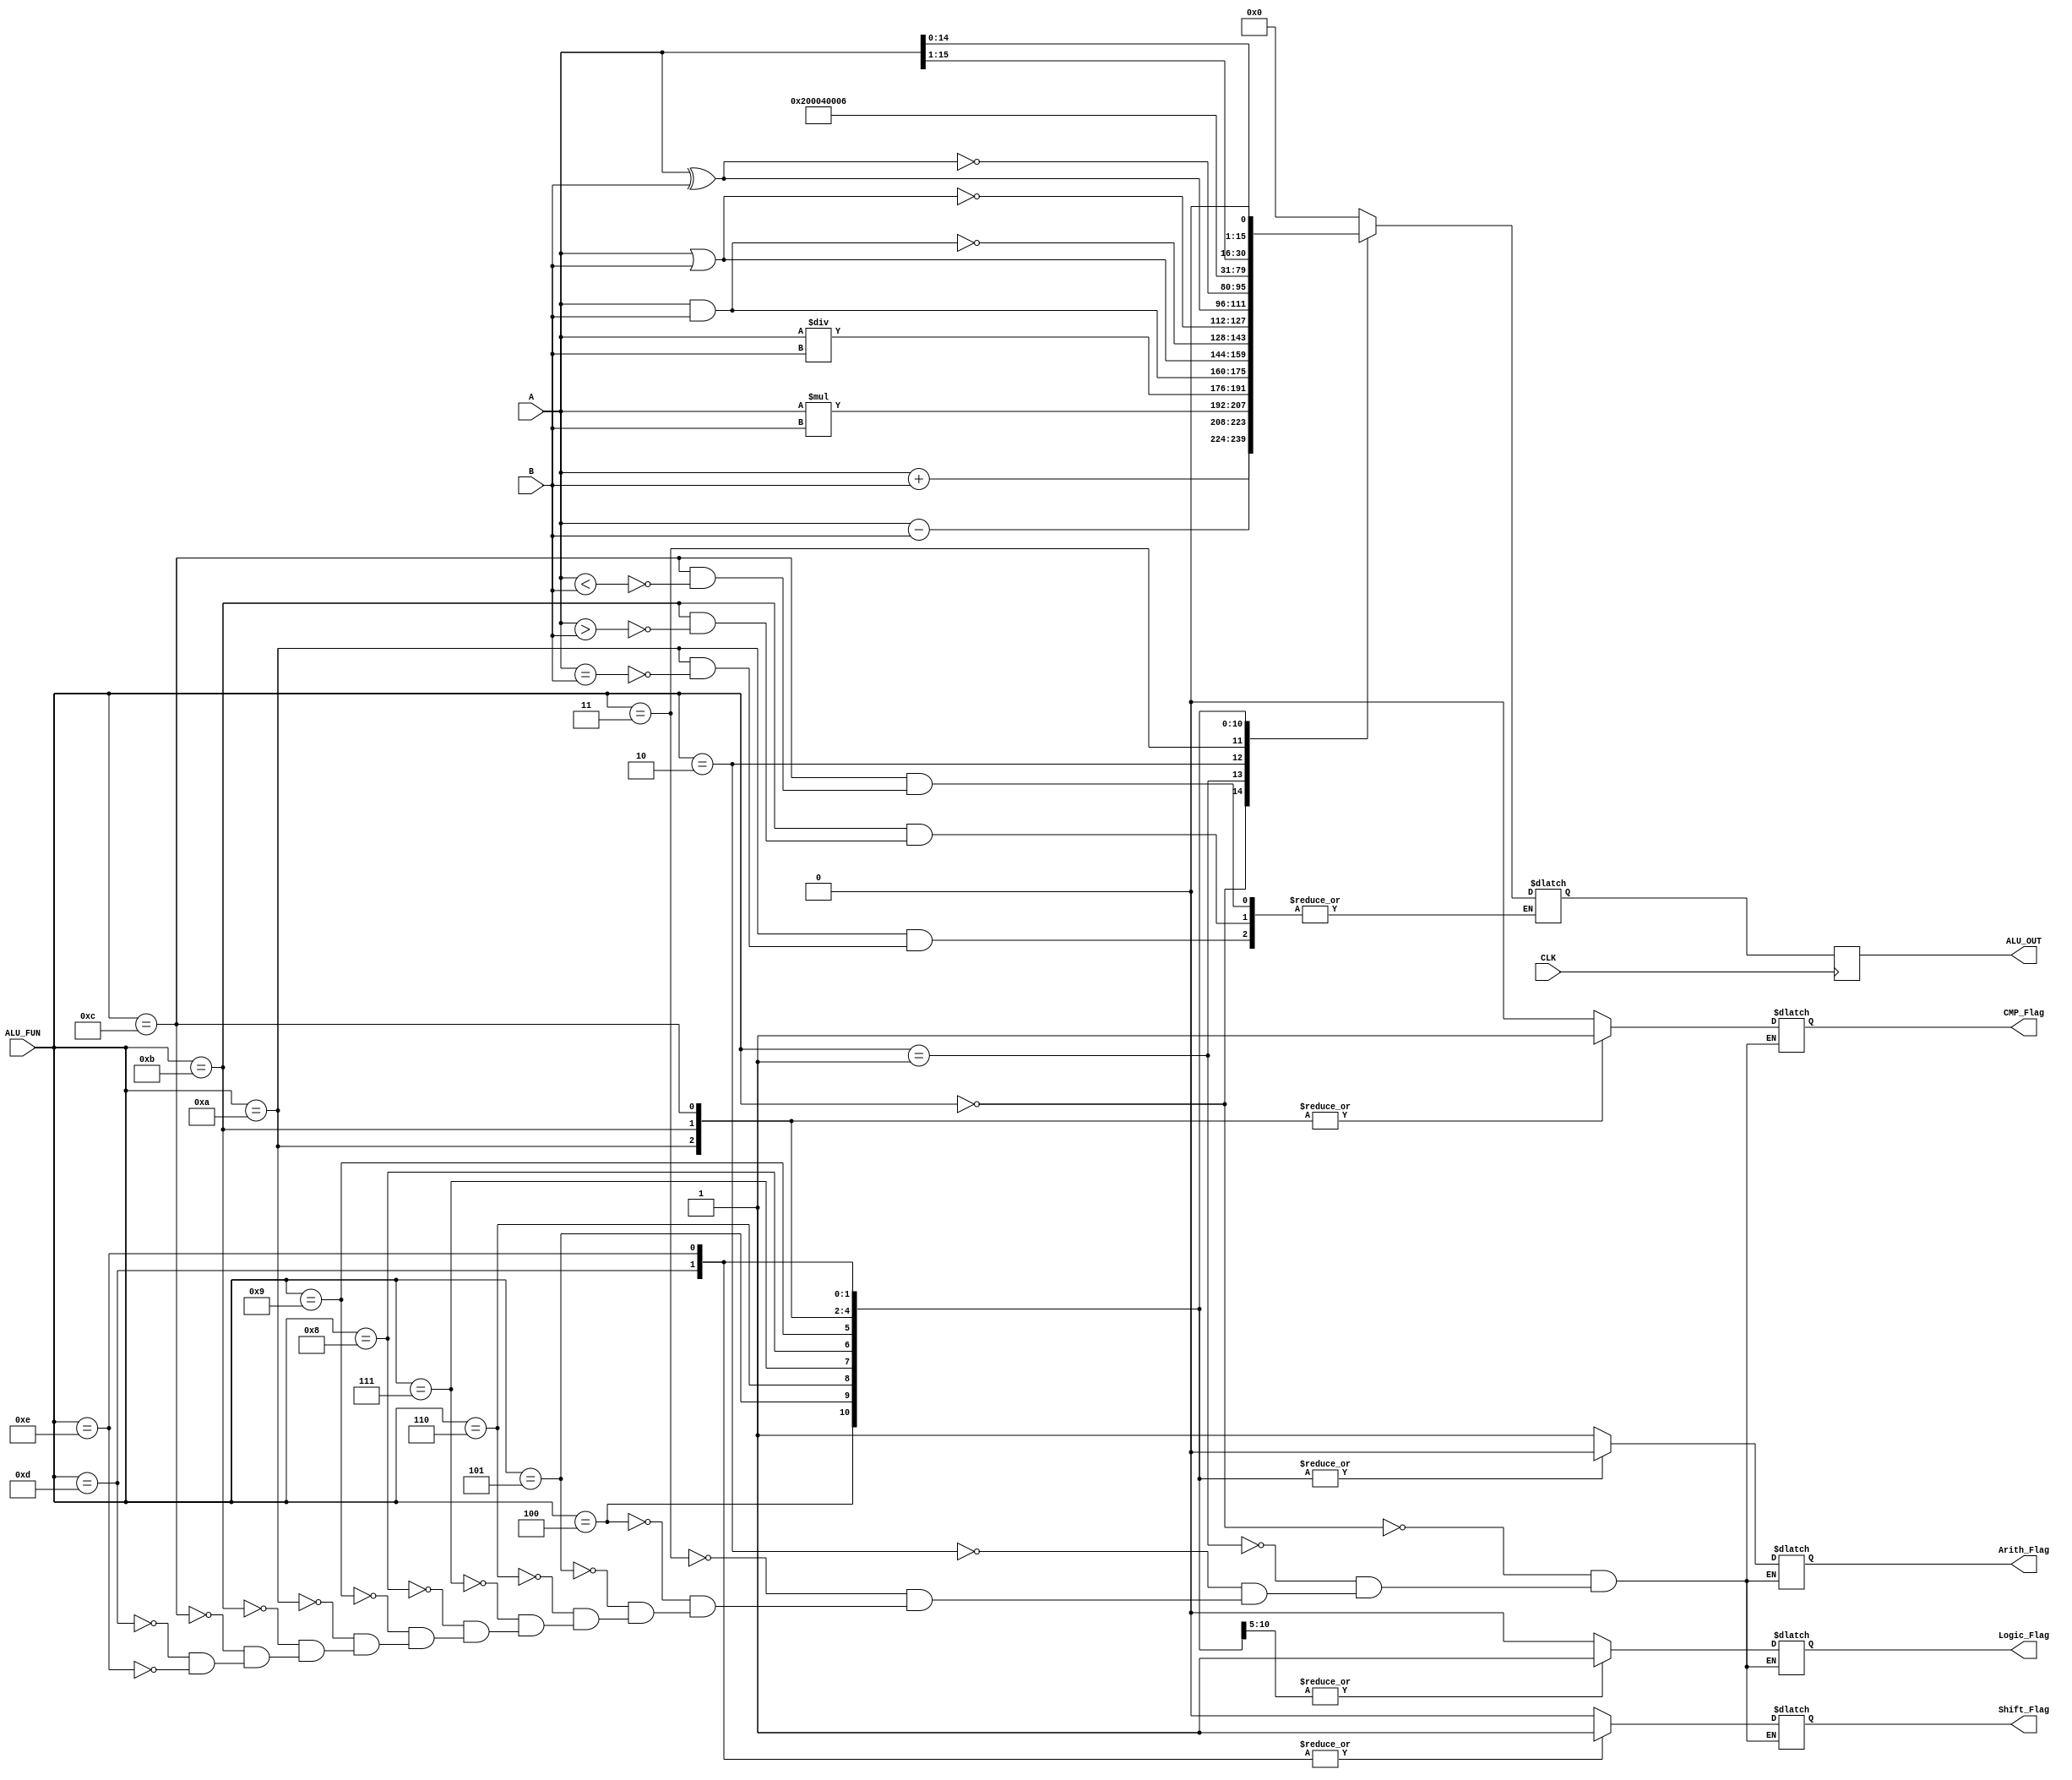
module ALU_16bit (

input         [15:0]               A,
input         [15:0]               B,
input                              CLK,
input         [3:0]                ALU_FUN,
output    reg [15:0]               ALU_OUT,
output    reg                      Arith_Flag,
output    reg                      Logic_Flag,
output    reg                      CMP_Flag,
output    reg                      Shift_Flag           

);

wire High; 
wire LOW;
reg [15:0]   ALU_OUT_R;

 


always @(*)               
 begin 
 
  case (ALU_FUN)
	  
		  //Arithamtic Operations:
		  
		   4'b0000 :                                      //Addition
		   begin 
		   ALU_OUT_R = A + B;
		   Arith_Flag = High;
		   Logic_Flag = LOW;
		   Shift_Flag = LOW;
		   CMP_Flag = LOW;
		   end
		   
		   4'b0001 :                                     //Subtraction
		   begin 
		   ALU_OUT_R = A - B;
		   Arith_Flag = High;
		   Logic_Flag = LOW;
		   Shift_Flag = LOW;
		   CMP_Flag = LOW;
		   end
		   
		   4'b0010 :                                     //Multiplication 
		   begin
		   ALU_OUT_R = A * B ;
		   Arith_Flag = High;
		   Logic_Flag = LOW;
		   Shift_Flag = LOW;
		   CMP_Flag = LOW;
		   end
		   
		   4'b0011 :                                    //Division
		   begin
		   ALU_OUT_R = A / B ;
	       Arith_Flag = High;
		   Logic_Flag = LOW;
		   Shift_Flag = LOW;
		   CMP_Flag = LOW;
		   end
		   
		   
		  
		   
		   
		   //Logic Operations:
		   
		   4'b0100 :                                      //AND
		   begin
		   ALU_OUT_R = A & B;
		   Arith_Flag = LOW;
		   Logic_Flag = High;
		   Shift_Flag = LOW;
		   CMP_Flag = LOW;
		   end
		   
		   4'b0101 :                                      //OR
		   begin
		   ALU_OUT_R = A | B;
		   Arith_Flag = LOW;
		   Logic_Flag = High;
		   Shift_Flag = LOW;
		   CMP_Flag = LOW;
		   end
		   
		   4'b0110 :                                      //NAND
		   begin
		   ALU_OUT_R = ~(A & B);
		   Arith_Flag = LOW;
		   Logic_Flag = High;
		   Shift_Flag = LOW;
		   CMP_Flag = LOW;
		   end
		   
		   4'b0111 :                                       //NOR
		   begin
		   ALU_OUT_R = ~(A | B);
		   Arith_Flag = LOW;
		   Logic_Flag = High;
		   Shift_Flag = LOW;
		   CMP_Flag = LOW;
		   end
		   
		   4'b1000 :                                       //XOR
		   begin
		   ALU_OUT_R = A ^ B;
		   Arith_Flag = LOW;
		   Logic_Flag = High;
		   Shift_Flag = LOW;
		   CMP_Flag = LOW;
		   end
		   
		   4'b1001 :                                       //XNOR
		   begin
		   ALU_OUT_R = ~(A ^ B);
		   Arith_Flag = LOW;
		   Logic_Flag = High;
		   Shift_Flag = LOW;
		   CMP_Flag = LOW;
		   end
		   
		   
		   

		   
		   //Compare Operations:
		   
		   4'b1010 : 
		   begin 
		    if (A == B)                                     //Equal
			 ALU_OUT_R = 16'b0001;
			 Arith_Flag = LOW;
		     Logic_Flag = LOW;
		     Shift_Flag = LOW;
		     CMP_Flag = High;
			end
			
		   4'b1011 :                                       //Greater than
		   begin 
		    if ( A > B)
		     ALU_OUT_R = 16'b0010;
			 Arith_Flag = LOW;
		     Logic_Flag = LOW;
		     Shift_Flag = LOW;
		     CMP_Flag = High;
			end
			
		   4'b1100 :                                      //Smaller than
		   begin
		    if (A < B)
			 ALU_OUT_R = 16'b0011;
			 Arith_Flag = LOW;
		     Logic_Flag = LOW;
		     Shift_Flag = LOW;
		     CMP_Flag = High;
			end
			 
			 
			 
			 
		   
		   //Shift Operations:
		   
		   4'b1101 :                                       //Shift right
		   begin 
		   ALU_OUT_R = A >> 16'b0001;
		   Arith_Flag = LOW;
		   Logic_Flag = LOW;
		   Shift_Flag = High;
		   CMP_Flag = LOW;
		   end
		   
		   4'b1110 :                                       //Shift left
		   begin
		   ALU_OUT_R = A << 16'b0001;
		   Arith_Flag = LOW;
		   Logic_Flag = LOW;
		   Shift_Flag = High;
		   CMP_Flag = LOW;
		   end
		   
		   
		   
		   
		   
		   //Default:
		   
		   default : ALU_OUT_R = 16'b0;
	   
	   
	   
  endcase 
		
end 	


always @ (posedge CLK)                 
 begin 
  ALU_OUT <= ALU_OUT_R;
 end


assign High = 1'b1;
assign LOW = 1'b0;



endmodule